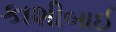
કાશીબાઈ